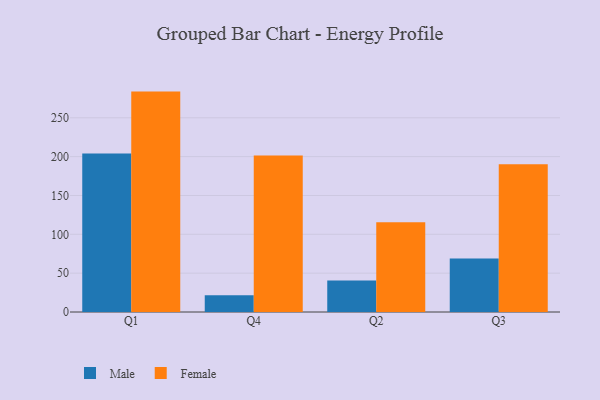
{"axis": {"x": "Quarter", "y": "Latency (ms)"}, "legend": ["Female", "Male"], "data": [{"x": "Q1", "y": 204.1, "type": "Male"}, {"x": "Q1", "y": 283.7, "type": "Female"}, {"x": "Q4", "y": 21.6, "type": "Male"}, {"x": "Q4", "y": 201.4, "type": "Female"}, {"x": "Q2", "y": 40.4, "type": "Male"}, {"x": "Q2", "y": 115.4, "type": "Female"}, {"x": "Q3", "y": 69.0, "type": "Male"}, {"x": "Q3", "y": 190.3, "type": "Female"}]}